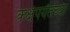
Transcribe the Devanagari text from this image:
कक्षेपर्यंतच्या